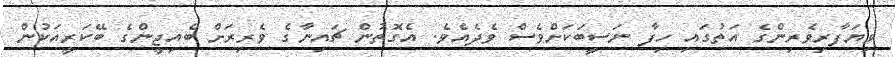
ވިޔަފާރިވެރިންގެ އަތުގައި ހިފާ ނަސީބަކަށްވެސް ވެދެއެވެ. އެގޮތުން ޗައިނާގެ ވެރިރަށް ބެއިޖީންގެ ބޭކަރީއަކުން